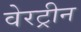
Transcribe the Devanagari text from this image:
वेरट्रीन